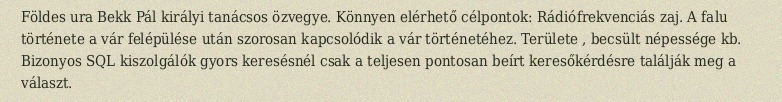
Földes ura Bekk Pál királyi tanácsos özvegye. Könnyen elérhető célpontok: Rádiófrekvenciás zaj. A falu története a vár felépülése után szorosan kapcsolódik a vár történetéhez. Területe , becsült népessége kb. Bizonyos SQL kiszolgálók gyors keresésnél csak a teljesen pontosan beírt keresőkérdésre találják meg a választ.